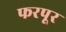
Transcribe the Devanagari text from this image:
फरपूर